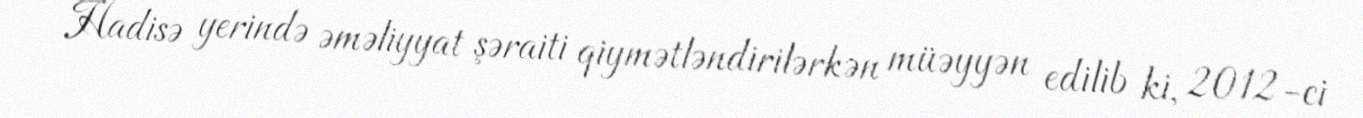
Hadisə yerində əməliyyat şəraiti qiymətləndirilərkən müəyyən edilib ki, 2012-ci